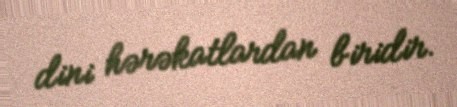
dini hərəkatlardan biridir.